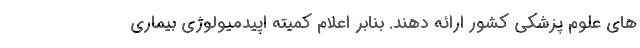
های علوم پزشکی کشور ارائه دهند. بنابر اعلام کمیته اپیدمیولوژی بیماری